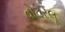
વોટરલૂ